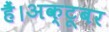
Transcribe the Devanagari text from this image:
हैं।अक्टूबर